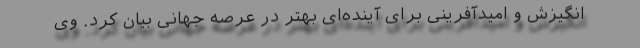
انگیزش و امیدآفرینی برای آینده‌ای بهتر در عرصه جهانی بیان کرد. وی